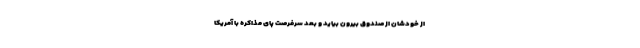
از خودشان از صندوق بیرون بیاید و بعد سرفرصت پای مذاکره با آمریکا